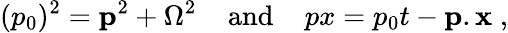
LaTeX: (p_{0})^{2}={\mathbf p}^{2}+\Omega^{2}\; \; \; \; \mathrm{and}\; \; \; \; px=p_{0}t-{\mathbf p}.{\mathbf x}\; ,